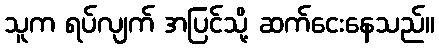
သူက ရပ်လျက် အပြင်သို့ ဆက်ငေးနေသည်။